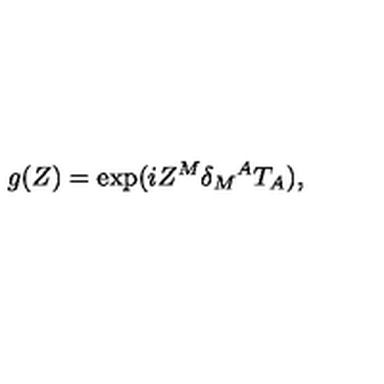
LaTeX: g ( Z ) = \exp ( i Z ^ { M } \delta _ { M } { } ^ { A } T _ { A } ) ,